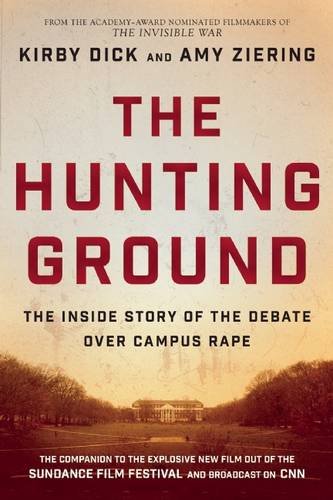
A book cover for The Hunting Ground: The Inside Story of Sexual Assault on American College Campuses; Kirby Dick; Politics & Social Sciences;